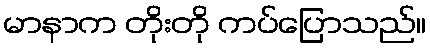
မာနာက တိုးတို ကပ်ပြောသည်။